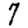
Digit: 7